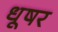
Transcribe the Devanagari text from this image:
धूषर